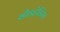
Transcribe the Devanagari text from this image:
स्प्रैडहेडिंग